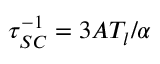
\tau _ { S C } ^ { - 1 } = 3 A T _ { l } / \alpha